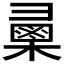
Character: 𢑯